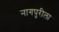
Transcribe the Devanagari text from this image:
नागपुरीला